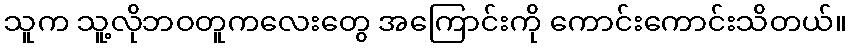
သူက သူ့လိုဘဝတူကလေးတွေ အကြောင်းကို ကောင်းကောင်းသိတယ်။